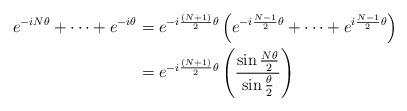
LaTeX: \begin{align*}e^{-iN\theta} + \cdots + e^{-i\theta} &= e^{-i\frac{(N+1)}{2}\theta}\left(e^{-i\frac{N-1}{2}\theta} + \cdots + e^{i\frac{N-1}{2}\theta}\right)\\&=e^{-i\frac{(N+1)}{2}\theta}\left(\frac{\sin \frac{N\theta}{2}}{\sin \frac{\theta}{2}}\right)\;\end{align*}